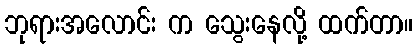
ဘုရားအလောင်း က သွေးနေလို့ ထက်တာ။